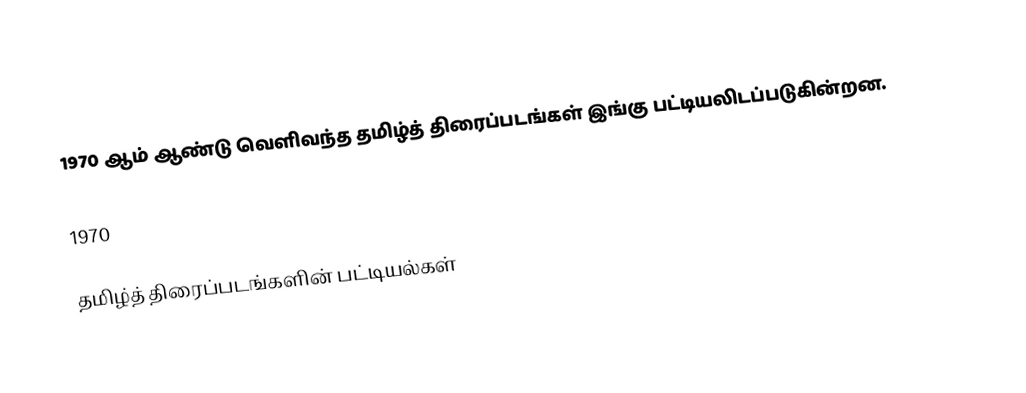
1970 ஆம் ஆண்டு வெளிவந்த தமிழ்த் திரைப்படங்கள் இங்கு பட்டியலிடப்படுகின்றன.

1970

தமிழ்த் திரைப்படங்களின் பட்டியல்கள்